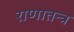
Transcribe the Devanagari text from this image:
राणातन्त्र